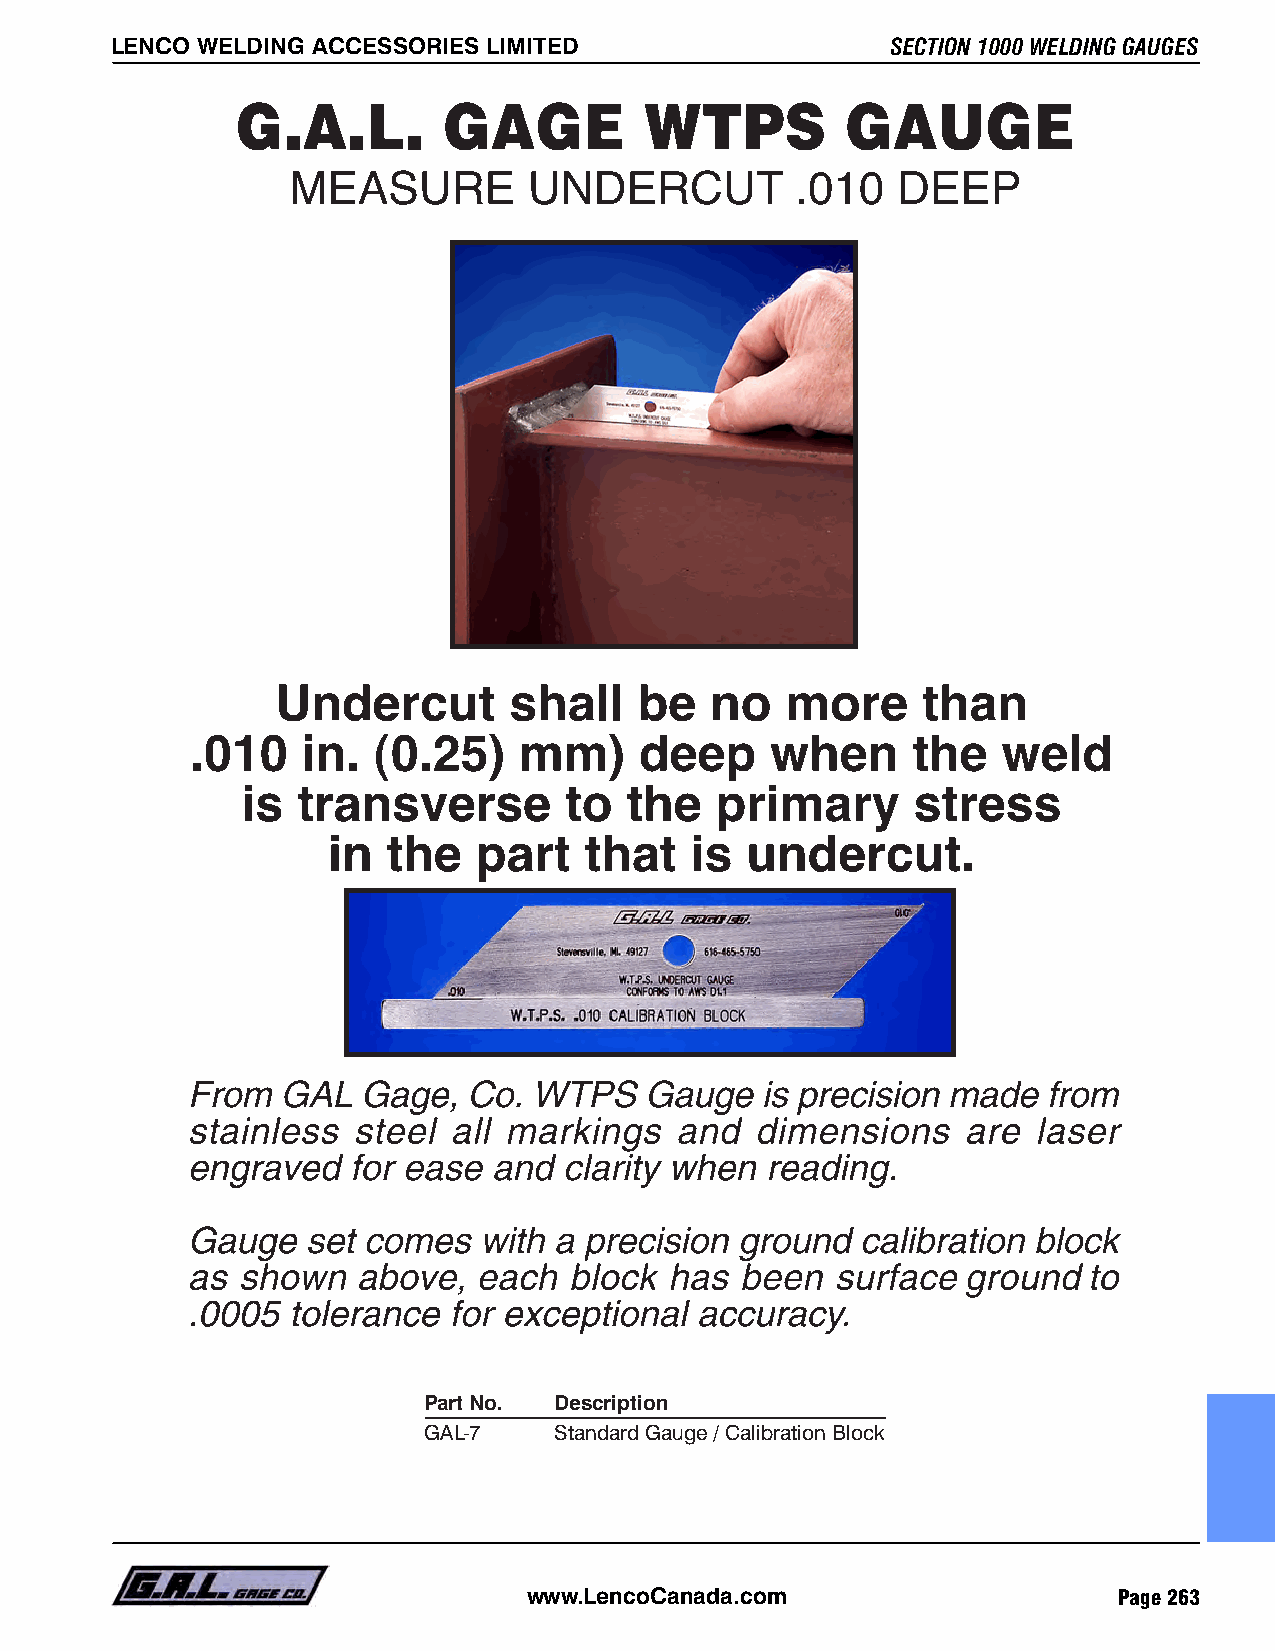
SECTION 1000 WELDING GAUGES LENCO WELDING ACCESSORIES LIMITED LENCO WELDING ACCESSORIES LIMITED SECTION 1000 WELDING GAUGES
 With the A.W.S. Gauge shown above it is possible to meet
 specifications of butt and fillet type welds. New redesigned
 instrument is pocket sized and easy to operate, new feature
 includes thumb screw which replaces old hard to operate rivet type.
 The convexity and concavity sizes have automatically been
 Part No. Description        Part No. Description
 predetermined in accordance with American Welding Society DI.I.
 Paragraph 3.6. GAL-6 Standard Gauge GAL-7 Standard Gauge / Calibration Block
 GAL-6M Metric Gauge
 Instrument is precision built of stainless steel with dimensional
 readings chemically etched and filled for easier reading.
 Page 262 www.LencoCanada.com       www.LencoCanada.com                    Page 263